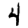
Digit: 4